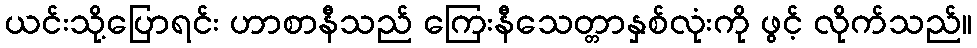
ယင်းသို့ပြောရင်း ဟာစာနီသည် ကြေးနီသေတ္တာနှစ်လုံးကို ဖွင့် လိုက်သည်။